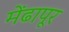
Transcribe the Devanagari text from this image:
मेंढापूर